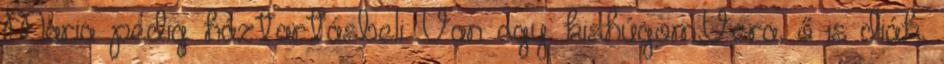
Maria pedig háztartásbeli. Van egy kishúgom,Vera, ő is diák,